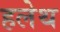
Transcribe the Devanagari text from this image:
हलेथ